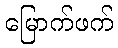
မြောက်ဖက်